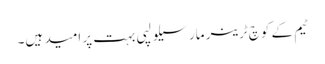
ٹیم کے کوچ ٹرینر مارسیلو لپی بہت پر امید ہیں۔